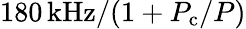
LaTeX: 180\, \mathrm{kHz}/(1+P_{\textrm{c}}/P)